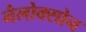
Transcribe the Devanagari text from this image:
नैलोक्सोन